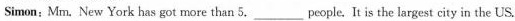
Simon：Mm. New York has got more than 5.___people. It is the largest city in the US.